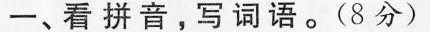
一、看拼音，写词语。(8分)